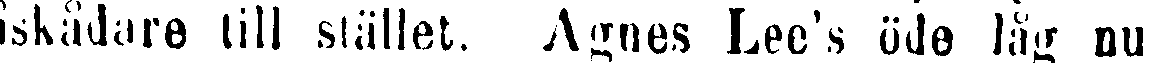
åskådare till stället. Agnes Lee's öde låg nu